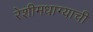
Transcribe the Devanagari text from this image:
रेशीमधाग्याची